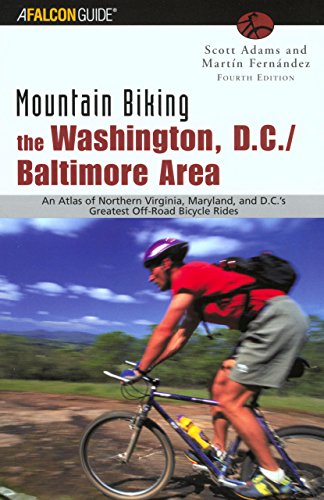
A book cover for Mountain Biking the Washington, D.C./Baltimore Area, 4th: An Atlas of Northern Virginia, Maryland, and D.C.'s Greatest Off-Road Bicycle Rides (Regional Mountain Biking Series); Scott Adams; Travel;